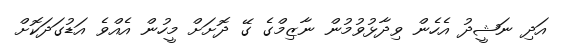
އަދި ނަޝީދު އެހެން ވިދާޅުވުމުން ނާޒިމްގެ ގޭ ދޮށަށް މީހުން އެއްވެ އަޑުގަދަކޮށް